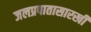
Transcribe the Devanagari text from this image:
जलप्रपातासारखी